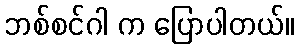
ဘစ်စင်ဂါ က ပြောပါတယ်။